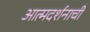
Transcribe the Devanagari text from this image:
आत्मदर्शनाची